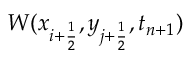
W ( x _ { i + \frac { 1 } { 2 } } , y _ { j + \frac { 1 } { 2 } } , t _ { n + 1 } )